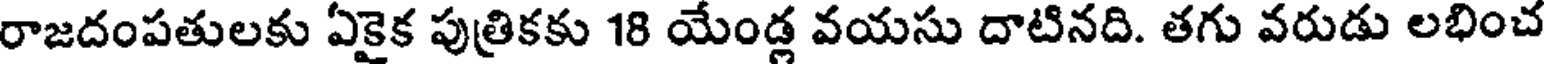
రాజదంపతులకు ఏకైక పుత్రికకు 18 యేండ్ల వయసు దాటినది. తగు వరుడు లభించ